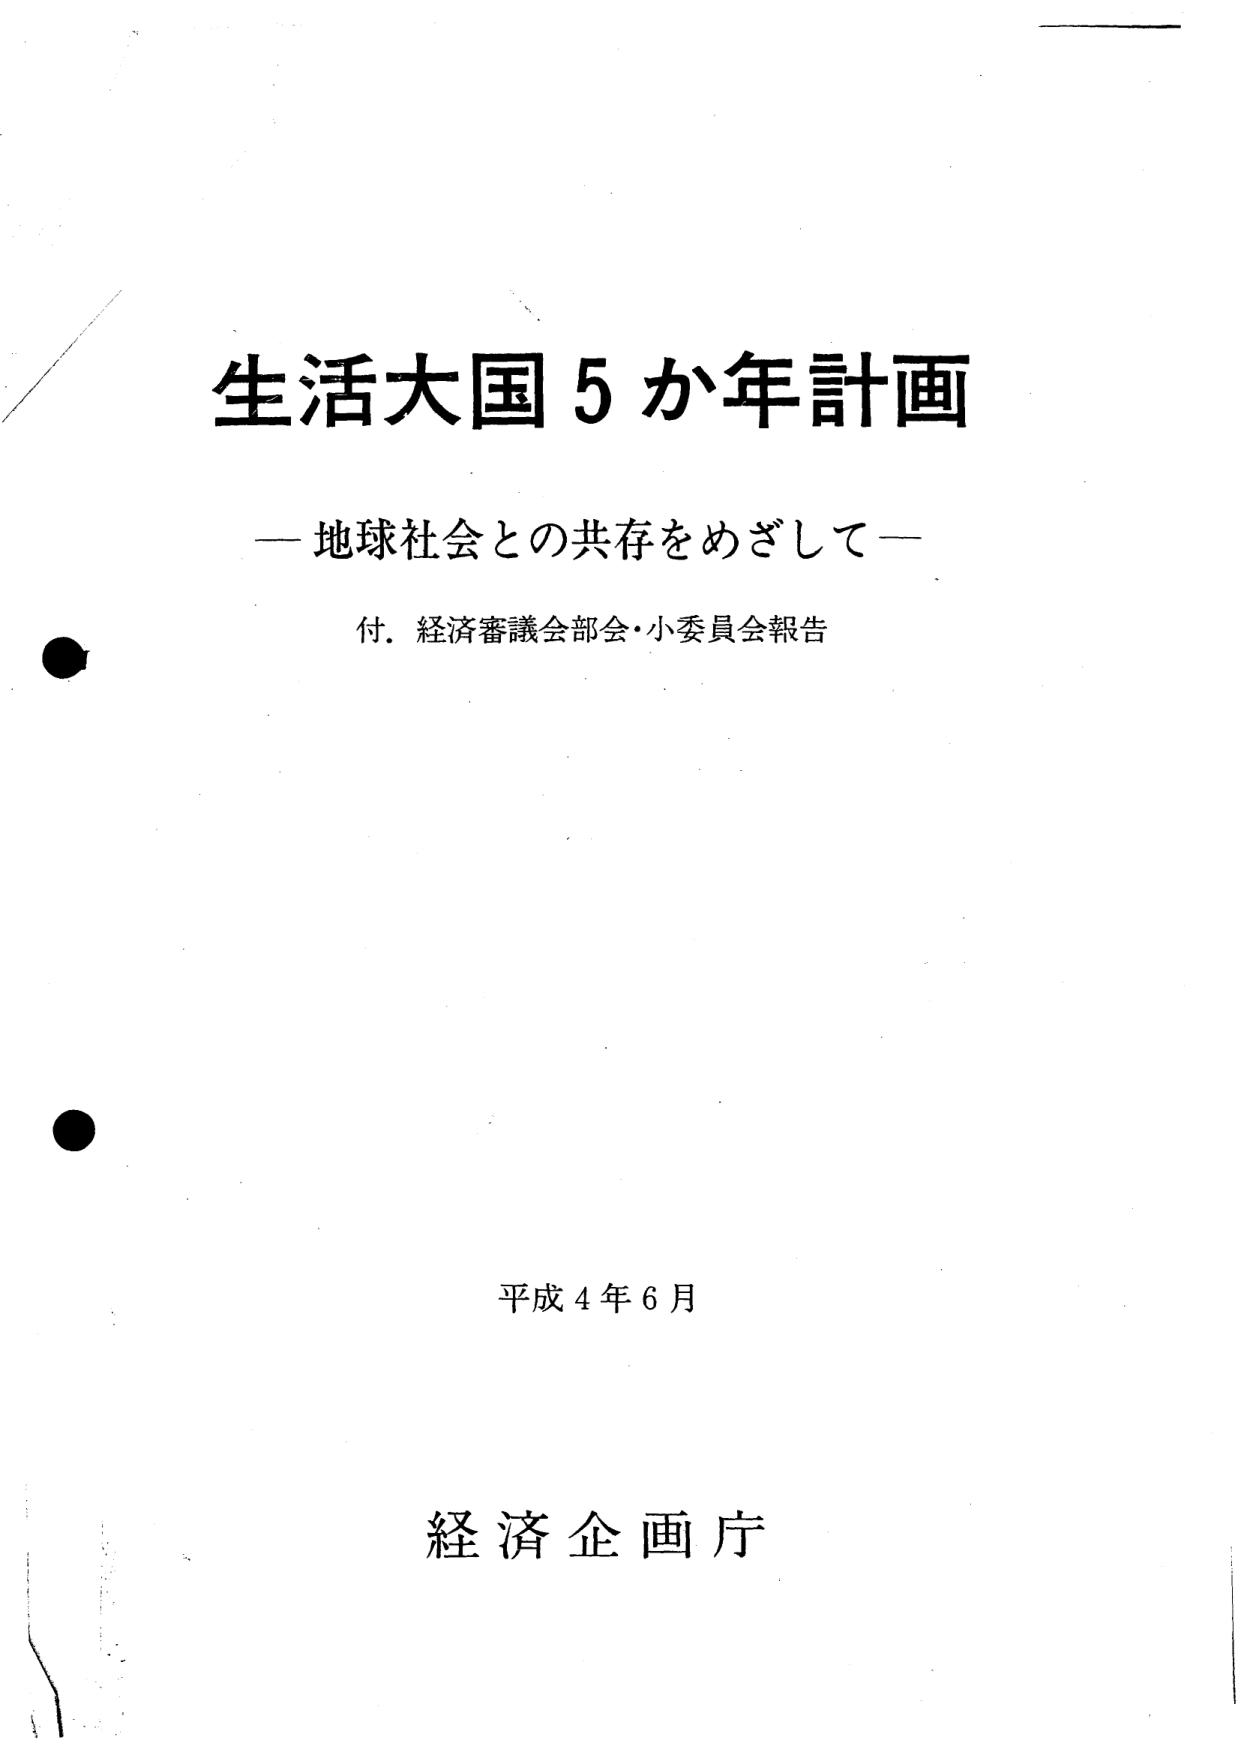
生活大国５か年計画
—地球社会との共存をめざして—
付．経済審議会部会・小委員会報告
平成４年６月
経済企画庁